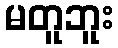
မတူဘူး